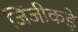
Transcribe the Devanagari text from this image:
जिंजीकड़े